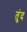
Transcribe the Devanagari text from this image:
तुंद